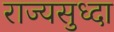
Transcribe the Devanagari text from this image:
राज्यसुध्दा